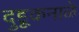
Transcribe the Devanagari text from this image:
दुडूकनाळे